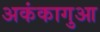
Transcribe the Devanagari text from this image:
अकंकागुआ